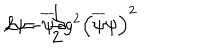
LaTeX: \mathcal { L } = \overline { { { \psi } } } \partial \hspace { - 0 . 2 c m } / \psi - \frac { 1 } { 2 } g ^ { 2 } \left( \overline { { { \psi } } } \psi \right) ^ { 2 }